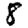
Digit: 8